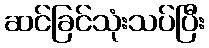
ဆင်ခြင်သုံးသပ်ပြီး